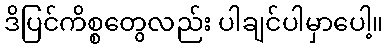
ဒိပြင်ကိစ္စတွေလည်း ပါချင်ပါမှာပေါ့။